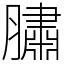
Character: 䐹